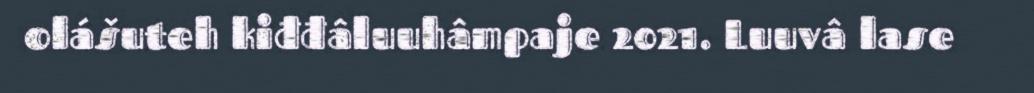
olášuteh kiđđâluuhâmpaje 2021. Luuvâ lase